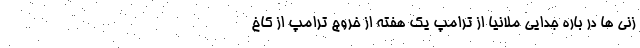
زنی ها در باره جدایی ملانیا از ترامپ یک هفته از خروج ترامپ از کاخ